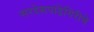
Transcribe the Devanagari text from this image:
सरदेशपांडेगिरीचे